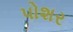
પોશર